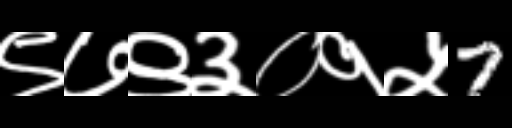
Text: ९७९३०१५7